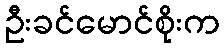
ဦးခင်မောင်စိုးက